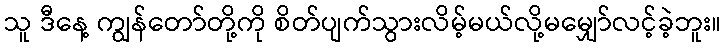
သူ ဒီနေ့ ကျွန်တော်တို့ကို စိတ်ပျက်သွားလိမ့်မယ်လို့မမျှော်လင့်ခဲ့ဘူး။